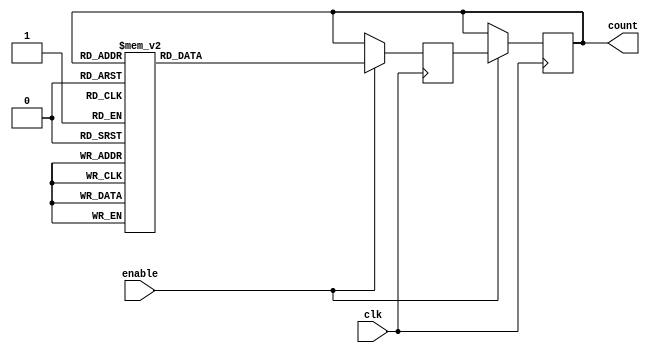
module gray_counter_clock_divider (
    input wire clk,           // input clock signal
    input wire enable,        // enable/disable signal for the clock divider
    output reg [2:0] count    // output count signal for the Gray counter 
);

reg [2:0] next_count;

always @(posedge clk) begin
    if (enable) begin
        case(count)
            3'b000: next_count <= 3'b001;
            3'b001: next_count <= 3'b011;
            3'b011: next_count <= 3'b010;
            3'b010: next_count <= 3'b110;
            3'b110: next_count <= 3'b111;
            3'b111: next_count <= 3'b101;
            3'b101: next_count <= 3'b100;
            3'b100: next_count <= 3'b000;
            default: next_count <= 3'b000;
        endcase
    end else begin
        next_count <= count;
    end
end

always @(posedge clk) begin
    if (enable) begin
        count <= next_count;
    end
end

endmodule